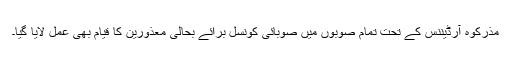
مذرکوہ آرڈیننس کے تحت تمام صوبوں میں صوبائی کونسل برائے بحالی معذورین کا قیام بھی عمل لایا گیا۔